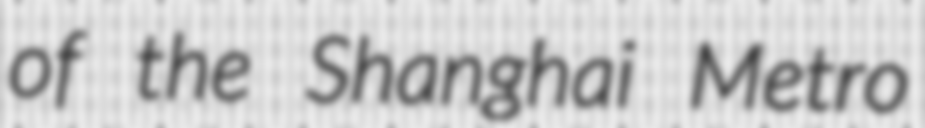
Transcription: of the Shanghai Metro